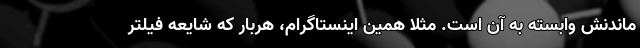
ماندنش وابسته به آن است. مثلا همین اینستاگرام، هربار که شایعه فیلتر